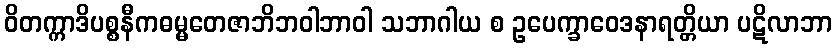
ဝိတက္ကာဒိပစ္စနီကဓမ္မတေဇာဘိဘဝါဘာဝါ သဘာဂါယ စ ဥပေက္ခာဝေဒနာရတ္တိယာ ပဋိလာဘာ